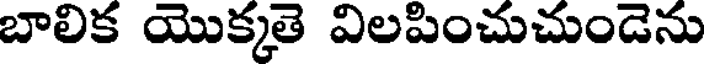
బాలిక యొక్కతె విలపించుచుండెను